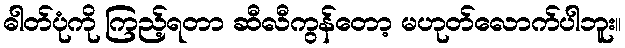
ဓါတ်ပုံကို ကြည့်ရတာ ဆီလီကွန်တော့ မဟုတ်လောက်ပါဘူး။